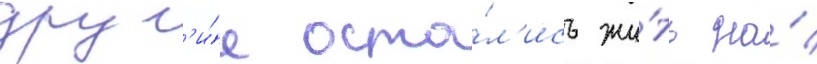
друг'и́е оста́л'ись жи́ть на́